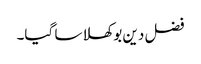
فضل دین بوکھلا سا گیا۔